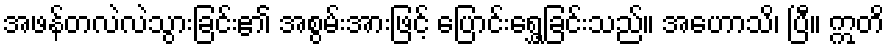
အဖန်တလဲလဲသွားခြင်း၏ အစွမ်းအားဖြင့် ပြောင်းရွှေ့ခြင်းသည်။ အဟောသိ၊ ပြီ။ ဣတိ